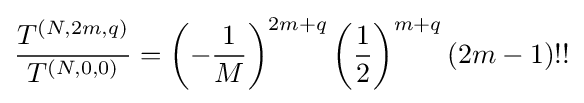
{\frac {T^{(N,2m,q)}}{T^{(N,0,0)}}}=\left(-{\frac {1}{M}}\right)^{2m+q}\left({\frac {1}{2}}\right)^{m+q}(2m-1)!!